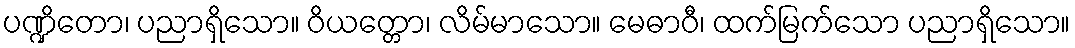
ပဏ္ဍိတော၊ ပညာရှိသော။ ဝိယတ္တော၊ လိမ်မာသော။ မေဓာဝီ၊ ထက်မြက်သော ပညာရှိသော။